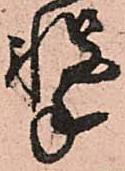
撃